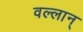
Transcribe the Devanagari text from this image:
वल्लान्